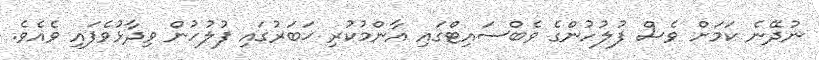
ނުދޭނެ ކަމަށް ވެސް ފުލުހުންގެ ވެބްސައިޓްގައި އާންމުކުރި ޚަބަރުގައި ފުލުހުން ވިދާޅުވެފައި ވެއެވެ.